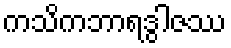
ကသိကဘာရဒွါဇဿ